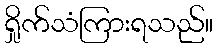
ရှိုက်သံကြားရသည်။